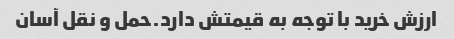
ارزش خرید با توجه به قیمتش دارد.حمل و نقل آسان